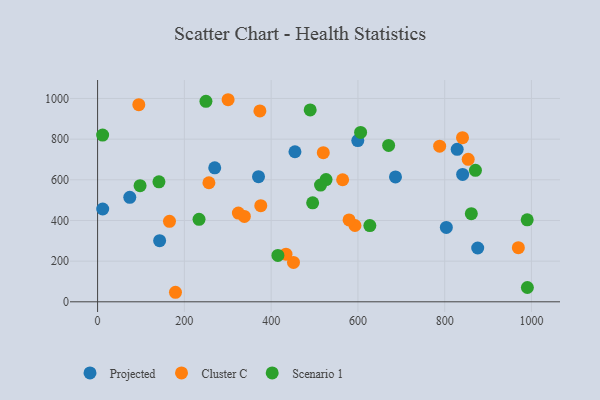
{"axis": {"x": "Investment", "y": "Rating"}, "legend": ["Cluster C", "Projected", "Scenario 1"], "data": [{"x": "11.8", "y": 456.4, "type": "Projected"}, {"x": "876.1", "y": 264.6, "type": "Projected"}, {"x": "686.6", "y": 614.4, "type": "Projected"}, {"x": "803.8", "y": 365.6, "type": "Projected"}, {"x": "270.0", "y": 659.1, "type": "Projected"}, {"x": "828.8", "y": 749.8, "type": "Projected"}, {"x": "599.7", "y": 793.0, "type": "Projected"}, {"x": "74.2", "y": 514.0, "type": "Projected"}, {"x": "454.9", "y": 737.9, "type": "Projected"}, {"x": "841.4", "y": 626.5, "type": "Projected"}, {"x": "143.0", "y": 300.5, "type": "Projected"}, {"x": "370.9", "y": 615.6, "type": "Projected"}, {"x": "854.2", "y": 700.7, "type": "Cluster C"}, {"x": "788.4", "y": 765.4, "type": "Cluster C"}, {"x": "451.5", "y": 193.7, "type": "Cluster C"}, {"x": "179.5", "y": 46.9, "type": "Cluster C"}, {"x": "165.7", "y": 395.8, "type": "Cluster C"}, {"x": "374.1", "y": 938.9, "type": "Cluster C"}, {"x": "841.1", "y": 807.2, "type": "Cluster C"}, {"x": "593.2", "y": 375.2, "type": "Cluster C"}, {"x": "324.5", "y": 436.3, "type": "Cluster C"}, {"x": "564.8", "y": 600.3, "type": "Cluster C"}, {"x": "256.6", "y": 585.5, "type": "Cluster C"}, {"x": "969.8", "y": 266.2, "type": "Cluster C"}, {"x": "376.1", "y": 472.9, "type": "Cluster C"}, {"x": "338.3", "y": 419.9, "type": "Cluster C"}, {"x": "434.2", "y": 234.3, "type": "Cluster C"}, {"x": "300.8", "y": 993.8, "type": "Cluster C"}, {"x": "95.0", "y": 969.7, "type": "Cluster C"}, {"x": "520.2", "y": 733.3, "type": "Cluster C"}, {"x": "579.6", "y": 402.6, "type": "Cluster C"}, {"x": "490.0", "y": 943.7, "type": "Scenario 1"}, {"x": "526.6", "y": 601.3, "type": "Scenario 1"}, {"x": "141.4", "y": 590.1, "type": "Scenario 1"}, {"x": "415.6", "y": 227.9, "type": "Scenario 1"}, {"x": "97.9", "y": 571.2, "type": "Scenario 1"}, {"x": "11.6", "y": 820.0, "type": "Scenario 1"}, {"x": "990.2", "y": 403.2, "type": "Scenario 1"}, {"x": "249.7", "y": 985.9, "type": "Scenario 1"}, {"x": "233.8", "y": 405.8, "type": "Scenario 1"}, {"x": "627.5", "y": 375.1, "type": "Scenario 1"}, {"x": "870.9", "y": 646.7, "type": "Scenario 1"}, {"x": "861.4", "y": 433.2, "type": "Scenario 1"}, {"x": "670.8", "y": 769.3, "type": "Scenario 1"}, {"x": "495.7", "y": 486.8, "type": "Scenario 1"}, {"x": "990.6", "y": 70.4, "type": "Scenario 1"}, {"x": "513.9", "y": 573.9, "type": "Scenario 1"}, {"x": "606.2", "y": 833.0, "type": "Scenario 1"}]}